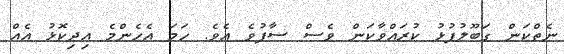
ނެތްކަން ގަބޫލުފުޅު ކުރައްވާކަން ވެސް ސާފުވެ އެވެ. ހަމަ އެހެންމެ އިދިކޮޅު އެއް